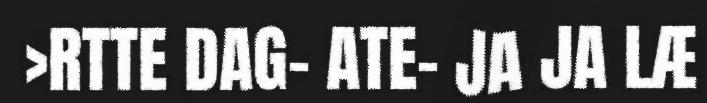
>RTTE DAG- ATE- JA JA LÆ